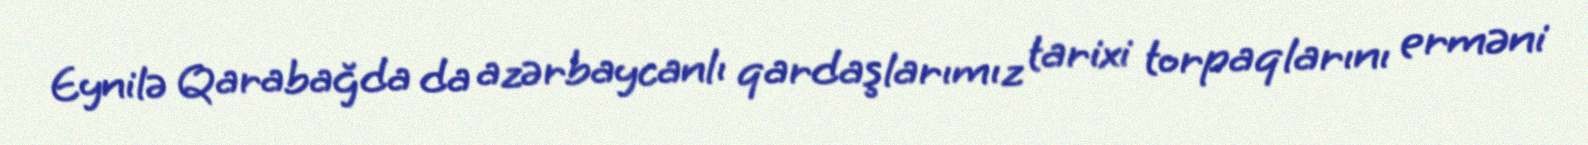
Eynilə Qarabağda da azərbaycanlı qardaşlarımız tarixi torpaqlarını erməni